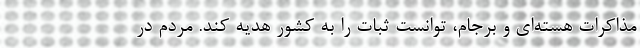
مذاکرات هسته‌ای و برجام، توانست ثبات را به کشور هدیه کند. مردم در